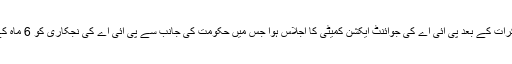
تفصیلات کے مطابق سینیٹرمشاہد اللہ خان سے مذاکرات کے بعد پی آئی اے کی جوائنٹ ایکشن کمیٹی کا اجلاس ہوا جس میں حکومت کی جانب سے پی آئی اے کی نجکاری کو 6 ماہ کے لیے مؤخر کرنے کی تجویز کو مسترد کردیا گیا۔